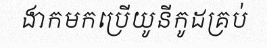
ងាកមកប្រើយូនីកូដគ្រប់